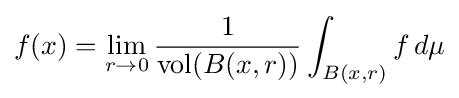
f(x)=\lim _{r\to 0}{\frac {1}{\operatorname {vol} (B(x,r))}}\int _{B(x,r)}f\,d\mu